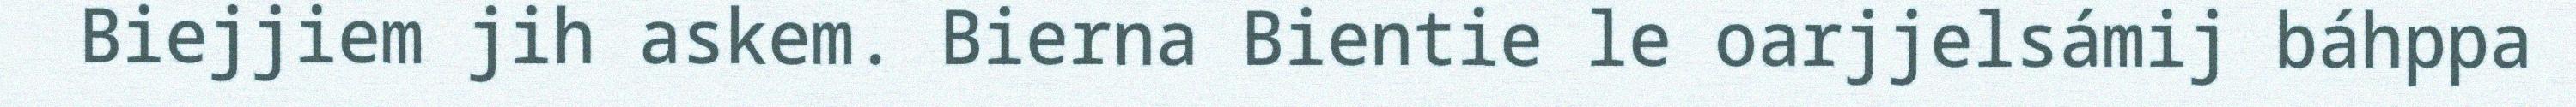
Biejjiem jih askem. Bierna Bientie le oarjjelsámij báhppa